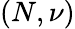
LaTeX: (N,\nu)